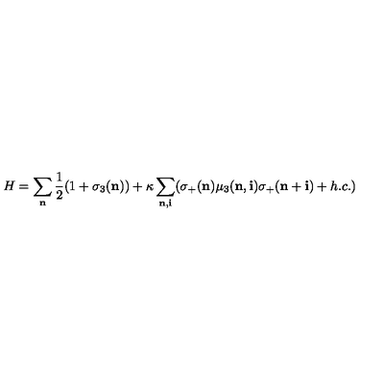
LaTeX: H = \sum _ { \bf n } \frac { 1 } { 2 } ( 1 + \sigma _ { 3 } ( { \bf n } ) ) + \kappa \sum _ { { \bf n } , { \bf i } } ( \sigma _ { + } ( { \bf n } ) \mu _ { 3 } ( { \bf n } , { \bf i } ) \sigma _ { + } ( { \bf n + i } ) + h . c . )